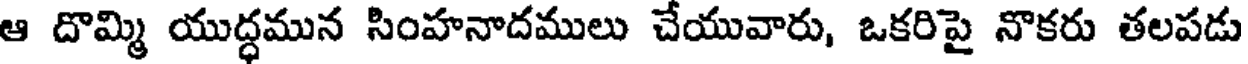
ఆ దొమ్మి యుద్ధమున సింహనాదములు చేయువారు, ఒకరిపై నొకరు తలపడు